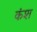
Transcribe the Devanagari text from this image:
कंश